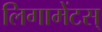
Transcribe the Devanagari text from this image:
लिगामेंटस्